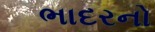
ભાદરનો